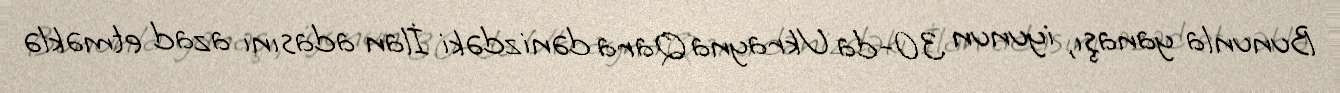
Bununla yanaşı, iyunun 30-da Ukrayna Qara dənizdəki İlan adasını azad etməklə